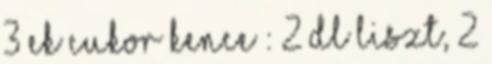
3 ek cukor Kence : 2 dl liszt, 2